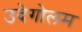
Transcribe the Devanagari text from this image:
उदेगोलम